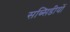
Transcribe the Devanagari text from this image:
सब्सिडीयों